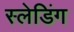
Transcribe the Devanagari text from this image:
स्लेडिंग